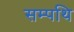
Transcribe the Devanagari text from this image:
सम्पथि